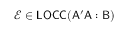
\mathcal { E } \in \mathsf { L O C C } ( \mathsf { A ^ { \prime } A } : \mathsf { B } )